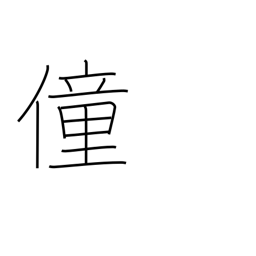
Meaning: foolishness